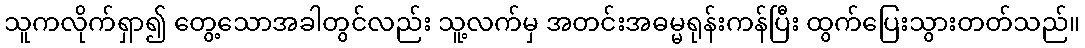
သူကလိုက်ရှာ၍ တွေ့သောအခါတွင်လည်း သူ့လက်မှ အတင်းအဓမ္မရုန်းကန်ပြီး ထွက်ပြေးသွားတတ်သည်။